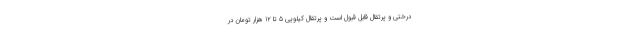
درختی و پرتقال قابل قبول است و پرتقال کیلویی 5 تا 12 هزار تومان در